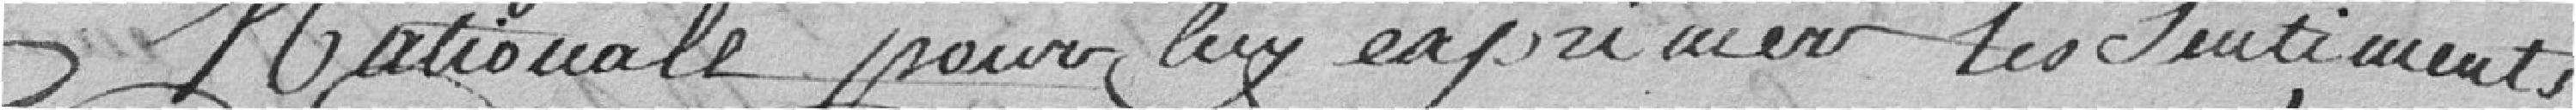
Nationale pour luy exprimer les sentiments